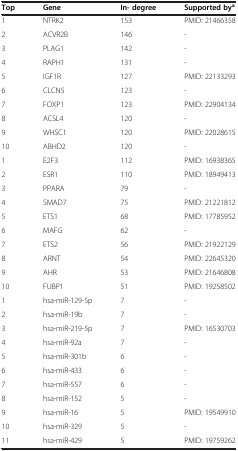
<table><thead><tr><td><b>Top</b></td><td><b>Gene</b></td><td><b>In- degree</b></td><td><b>Supported by<sup>a</sup></b></td></tr></thead><tbody><tr><td>1</td><td>NTRK2</td><td>153</td><td>PMID: 21466358</td></tr><tr><td>2</td><td>ACVR2B</td><td>146</td><td>-</td></tr><tr><td>3</td><td>PLAG1</td><td>142</td><td>-</td></tr><tr><td>4</td><td>RAPH1</td><td>131</td><td>-</td></tr><tr><td>5</td><td>IGF1R</td><td>127</td><td>PMID: 22133293</td></tr><tr><td>6</td><td>CLCN5</td><td>123</td><td>-</td></tr><tr><td>7</td><td>FOXP1</td><td>123</td><td>PMID: 22904134</td></tr><tr><td>8</td><td>ACSL4</td><td>120</td><td>-</td></tr><tr><td>9</td><td>WHSC1</td><td>120</td><td>PMID: 22028615</td></tr><tr><td>10</td><td>ABHD2</td><td>120</td><td>-</td></tr><tr><td>1</td><td>E2F3</td><td>112</td><td>PMID: 16938365</td></tr><tr><td>2</td><td>ESR1</td><td>110</td><td>PMID: 18949413</td></tr><tr><td>3</td><td>PPARA</td><td>79</td><td>-</td></tr><tr><td>4</td><td>SMAD7</td><td>75</td><td>PMID: 21221812</td></tr><tr><td>5</td><td>ETS1</td><td>68</td><td>PMID: 17785952</td></tr><tr><td>6</td><td>MAFG</td><td>62</td><td>-</td></tr><tr><td>7</td><td>ETS2</td><td>56</td><td>PMID: 21922129</td></tr><tr><td>8</td><td>ARNT</td><td>54</td><td>PMID: 22645320</td></tr><tr><td>9</td><td>AHR</td><td>53</td><td>PMID: 21646808</td></tr><tr><td>10</td><td>FUBP1</td><td>51</td><td>PMID: 19258502</td></tr><tr><td>1</td><td>hsa-miR-129-5p</td><td>7</td><td>-</td></tr><tr><td>2</td><td>hsa-miR-19b</td><td>7</td><td>-</td></tr><tr><td>3</td><td>hsa-miR-219-5p</td><td>7</td><td>PMID: 16530703</td></tr><tr><td>4</td><td>hsa-miR-92a</td><td>7</td><td>-</td></tr><tr><td>5</td><td>hsa-miR-301b</td><td>6</td><td>-</td></tr><tr><td>6</td><td>hsa-miR-433</td><td>6</td><td>-</td></tr><tr><td>7</td><td>hsa-miR-557</td><td>6</td><td>-</td></tr><tr><td>8</td><td>hsa-miR-152</td><td>5</td><td>-</td></tr><tr><td>9</td><td>hsa-miR-16</td><td>5</td><td>PMID: 19549910</td></tr><tr><td>10</td><td>hsa-miR-329</td><td>5</td><td>-</td></tr><tr><td>11</td><td>hsa-miR-429</td><td>5</td><td>PMID: 19759262</td></tr></tbody></table>